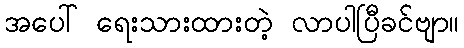
အပေါ် ရေးသားထားတဲ့ လာပါပြီခင်ဗျာ။